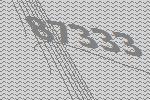
87333